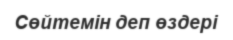
Сөйтемін деп өздері